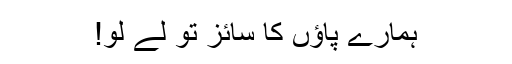
ہمارے پاؤں کا سائز تو لے لو!